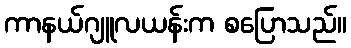
ကာနယ်ဂျူလယန်းက စပြောသည်။